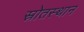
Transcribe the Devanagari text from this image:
स्रोतस्थान